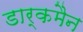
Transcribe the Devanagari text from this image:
डार्कमैन